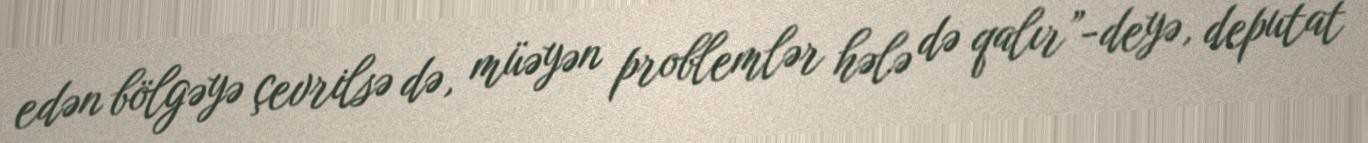
edən bölgəyə çevrilsə də, müəyən problemlər hələ də qalır”-deyə, deputat